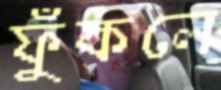
ফুঁকলে